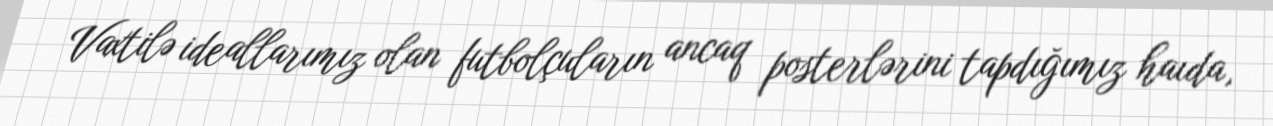
Vaxtilə ideallarımız olan futbolçuların ancaq posterlərini tapdığımız haıda,